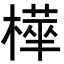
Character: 𭫿